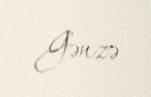
Gənzə